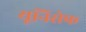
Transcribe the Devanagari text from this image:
यूनिसेेफ